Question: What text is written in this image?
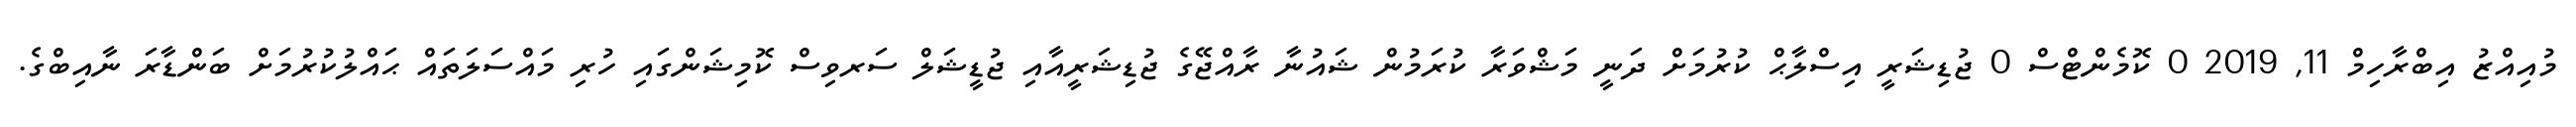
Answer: މުއިއްޒު އިބްރާހިމް 11, 2019 0 ކޮމެންޓްސް 0 ޖުޑިޝަރީ އިސްލާޙް ކުރުމަށް ދަނީ މަޝްވަރާ ކުރަމުން ޝައުނާ ރާއްޖޭގެ ޖުޑިޝަރީއާއި ޖުޑީޝަލް ސަރވިސް ކޮމިޝަންގައި ހުރި މައްސަލަތައް ޙައްލުކުރުމަށް ބަންޑާރަ ނާއިބްގެ.